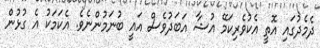
ދެމެދުގައި އޮތީ އެކުވެރިކަމޭ އުޝާ އަބަދުވެސް އައީ ބުނަމުންނެވެ. އެކަމަކު އެ ގުޅުން